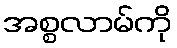
အစ္စလာမ်ကို